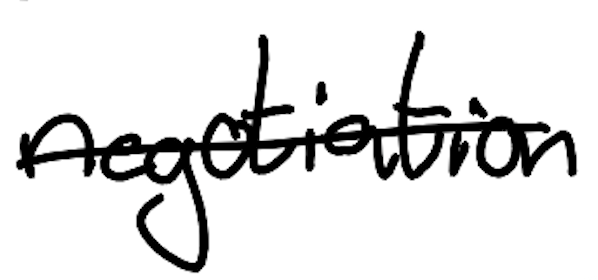
Text: negotiation
Cross-out: mix
Writing tool: digital_black